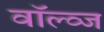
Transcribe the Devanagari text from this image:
वॉल्व्ज